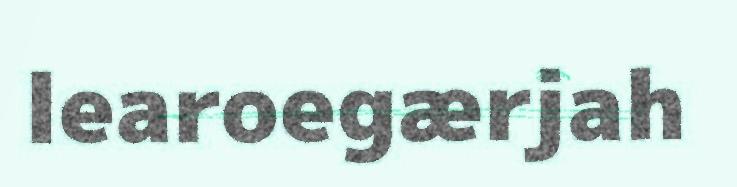
learoegærjah